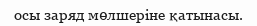
осы заряд мөлшеріне қатынасы.